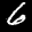
Label: 6